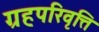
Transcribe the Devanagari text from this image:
ग्रहपरिवृत्ति